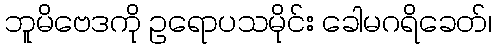
ဘူမိဗေဒကို ဥရောပသမိုင်း ခေါမဂရိခေတ်၊